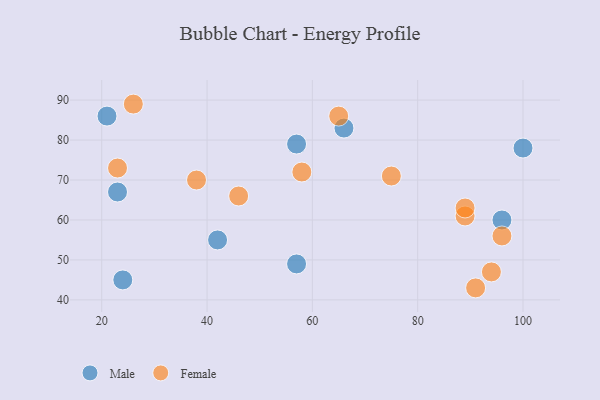
{"axis": {"x": "GDP", "y": "Life Expectancy"}, "legend": ["Female", "Male"], "data": [{"x": "66", "y": 83, "type": "Male"}, {"x": "100", "y": 78, "type": "Male"}, {"x": "21", "y": 86, "type": "Male"}, {"x": "23", "y": 67, "type": "Male"}, {"x": "57", "y": 79, "type": "Male"}, {"x": "24", "y": 45, "type": "Male"}, {"x": "42", "y": 55, "type": "Male"}, {"x": "57", "y": 49, "type": "Male"}, {"x": "96", "y": 60, "type": "Male"}, {"x": "46", "y": 66, "type": "Female"}, {"x": "23", "y": 73, "type": "Female"}, {"x": "58", "y": 72, "type": "Female"}, {"x": "94", "y": 47, "type": "Female"}, {"x": "75", "y": 71, "type": "Female"}, {"x": "91", "y": 43, "type": "Female"}, {"x": "65", "y": 86, "type": "Female"}, {"x": "96", "y": 56, "type": "Female"}, {"x": "38", "y": 70, "type": "Female"}, {"x": "89", "y": 61, "type": "Female"}, {"x": "89", "y": 63, "type": "Female"}, {"x": "26", "y": 89, "type": "Female"}]}